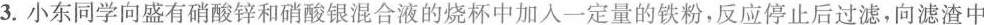
3. 小东同学向盛有硝酸锌和硝酸银混合液的烧杯中加入一定量的铁粉，反应停止后过滤，向滤渣中